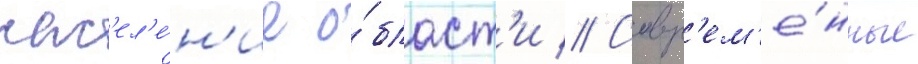
нас'ел'е́н'ие о́бласт'и // Совр'ем'е́нные